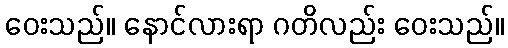
ဝေးသည်။ နောင်လားရာ ဂတိလည်း ဝေးသည်။